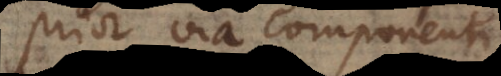
Prior via componenti